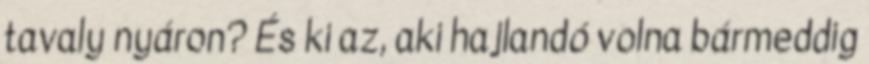
tavaly nyáron? És ki az, aki hajlandó volna bármeddig